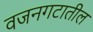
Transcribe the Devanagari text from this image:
वजनगटातील